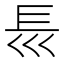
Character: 𡿴